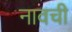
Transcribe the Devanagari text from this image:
नावची